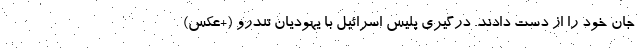
جان خود را از دست دادند. درگیری پلیس اسرائیل با یهودیان تندرو (+عکس‌)